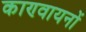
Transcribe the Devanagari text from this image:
काण्वायनों